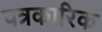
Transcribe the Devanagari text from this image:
पत्रकारिक